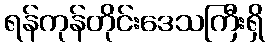
ရန်ကုန်တိုင်းဒေသကြီးရှိ